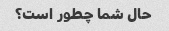
حال شما چطور است؟